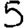
Digit: 5